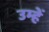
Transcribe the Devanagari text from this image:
उम्हें